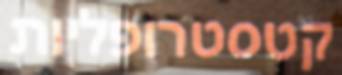
קטסטרופליות